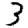
Digit: 3